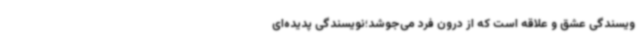
ویسندگی عشق و علاقه است که از درون فرد می‌جوشد؛نویسندگی پدیده‌ای